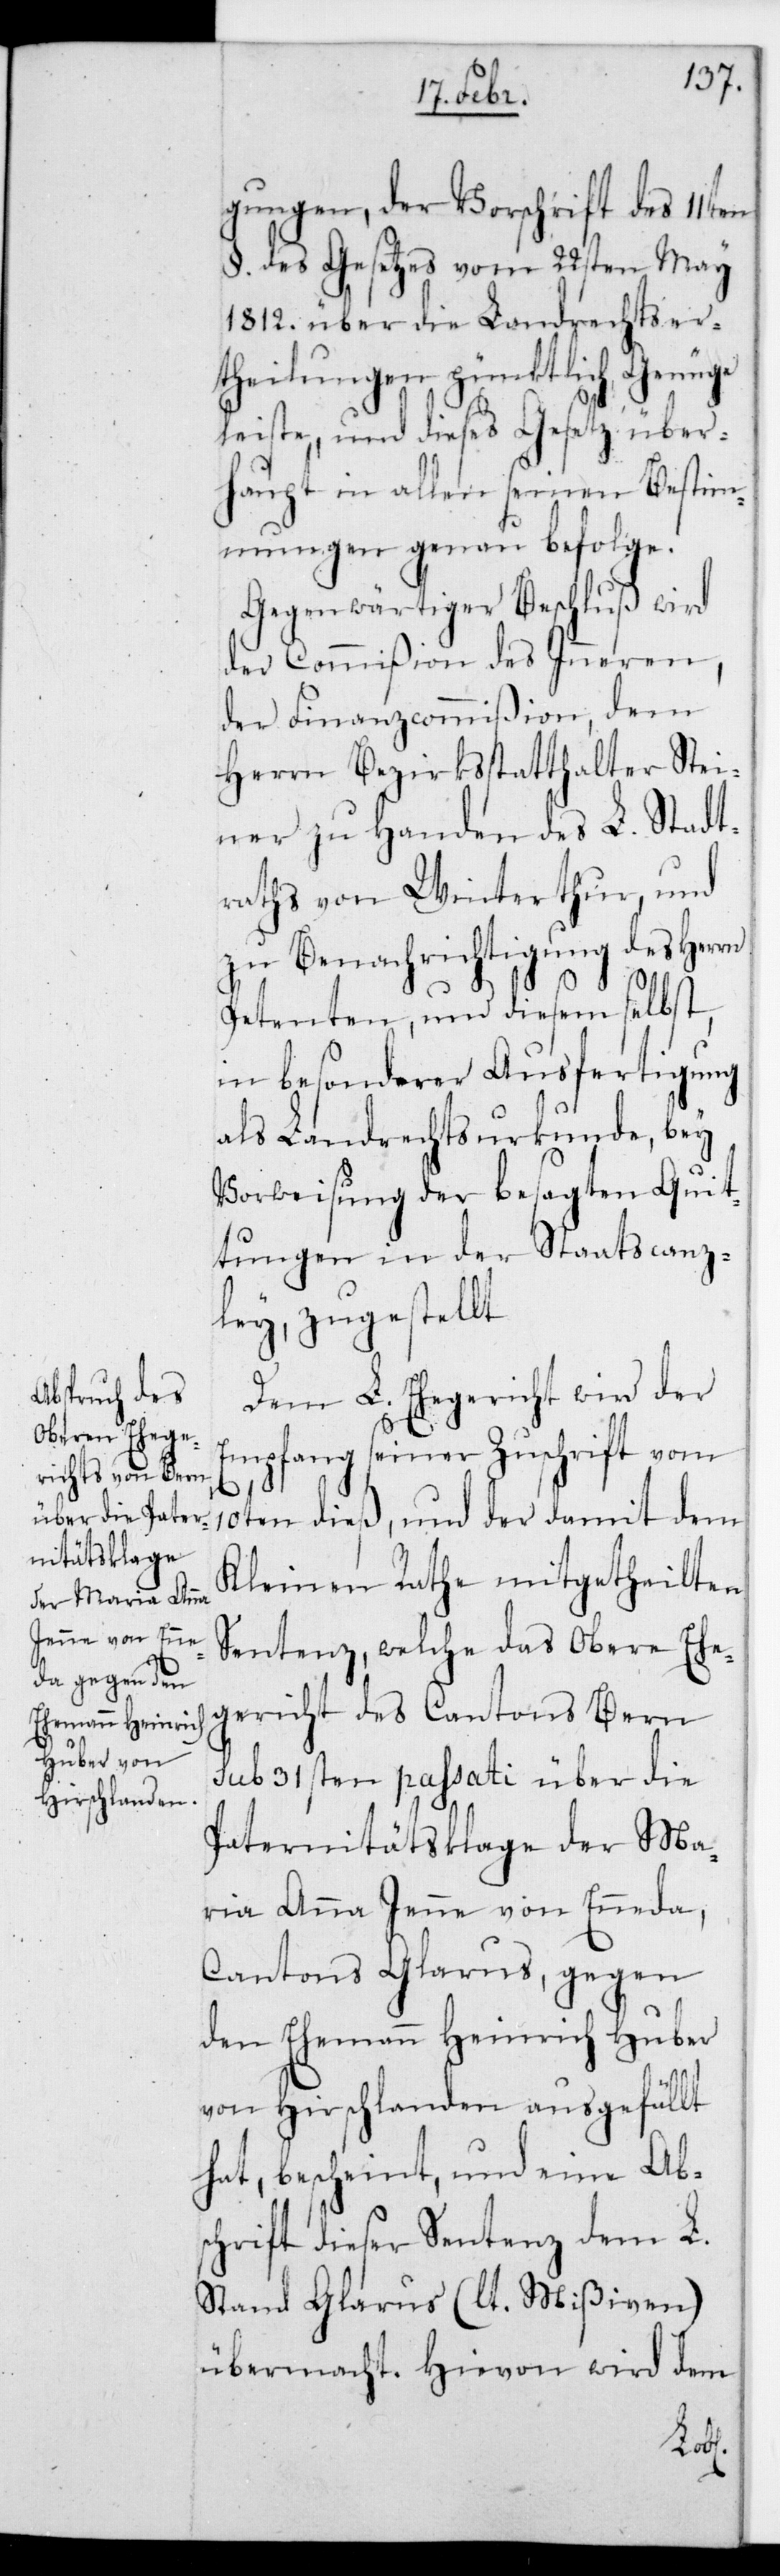
gungen, der Vorschrift des 11ten
§. des Gesetzes vom 22sten May
1812. über die Landrechts-Er¬
theilungen pünktlich Genüge
leiste, und dieses Gesetz über¬
haupt in allen seinen Bestim¬
mungen genau befolge.
Gegenwärtiger Beschluß wird
der Commißion des Inneren,
der Finanzcommißion, dem
Herrn Bezirksstatthalter Stei¬
ner zu Handen des L. Stadt¬
raths von Winterthur und
zu Benachrichtigung des Herrn
Petenten, und diesem selbst,
in besonderer Ausfertigung
als Landrechtsurkunde, bey
Vorweisung der besagten Quit¬
tungen in der Staatscanz¬
ley zugestellt.
Dem L. Ehegericht wird der
Empfang seiner Zuschrift vom
10ten dieß, und der damit dem
Kleinen Rathe mitgetheilten
Sentenz, welche das Obere Ehe¬
gericht des Cantons Bern
sub 31sten passati über die
Paternitätsklage der Ma¬
ria Anna Jenne von Ennenda,
Cantons Glarus, gegen
den Ehemann Heinrich Huber
von Hirslanden ausgefällt
hat, bescheint, und eine Ab¬
schrift dieser Sentenz dem L.
Stand Glarus (lt. Mißiven)
übermacht. Hievon wird dem